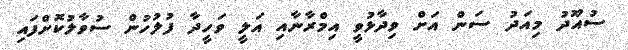
ސުއޫދު މިއަދު ސަން އަށް ވިދާޅުވީ އިމްރާނާއި އަލީ ވަހީދާ ފުލުހުން ސުވާލުކޮށްފައި